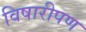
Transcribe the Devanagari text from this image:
विषारीपण